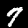
Label: 7